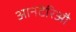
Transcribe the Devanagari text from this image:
आनटेरिऔ